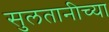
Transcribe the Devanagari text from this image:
सुलतानीच्या